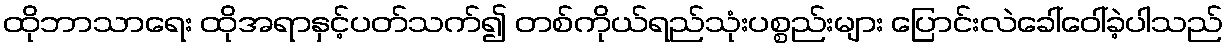
ထိုဘာသာရေး ထိုအရာနှင့်ပတ်သက်၍ တစ်ကိုယ်ရည်သုံးပစ္စည်းများ ပြောင်းလဲခေါ်ဝေါ်ခဲ့ပါသည်